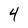
Character: 4